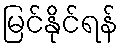
မြင်နိုင်ရန်